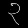
Digit: ၃